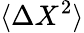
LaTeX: \langle\Delta X^{2}\rangle